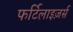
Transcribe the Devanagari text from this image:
फर्टिलाइज़र्स